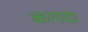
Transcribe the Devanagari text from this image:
कागदर